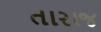
તારાજ